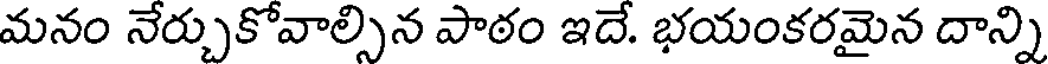
మనం నేర్చుకోవాల్సిన పాఠం ఇదే. భయంకరమైన దాన్ని